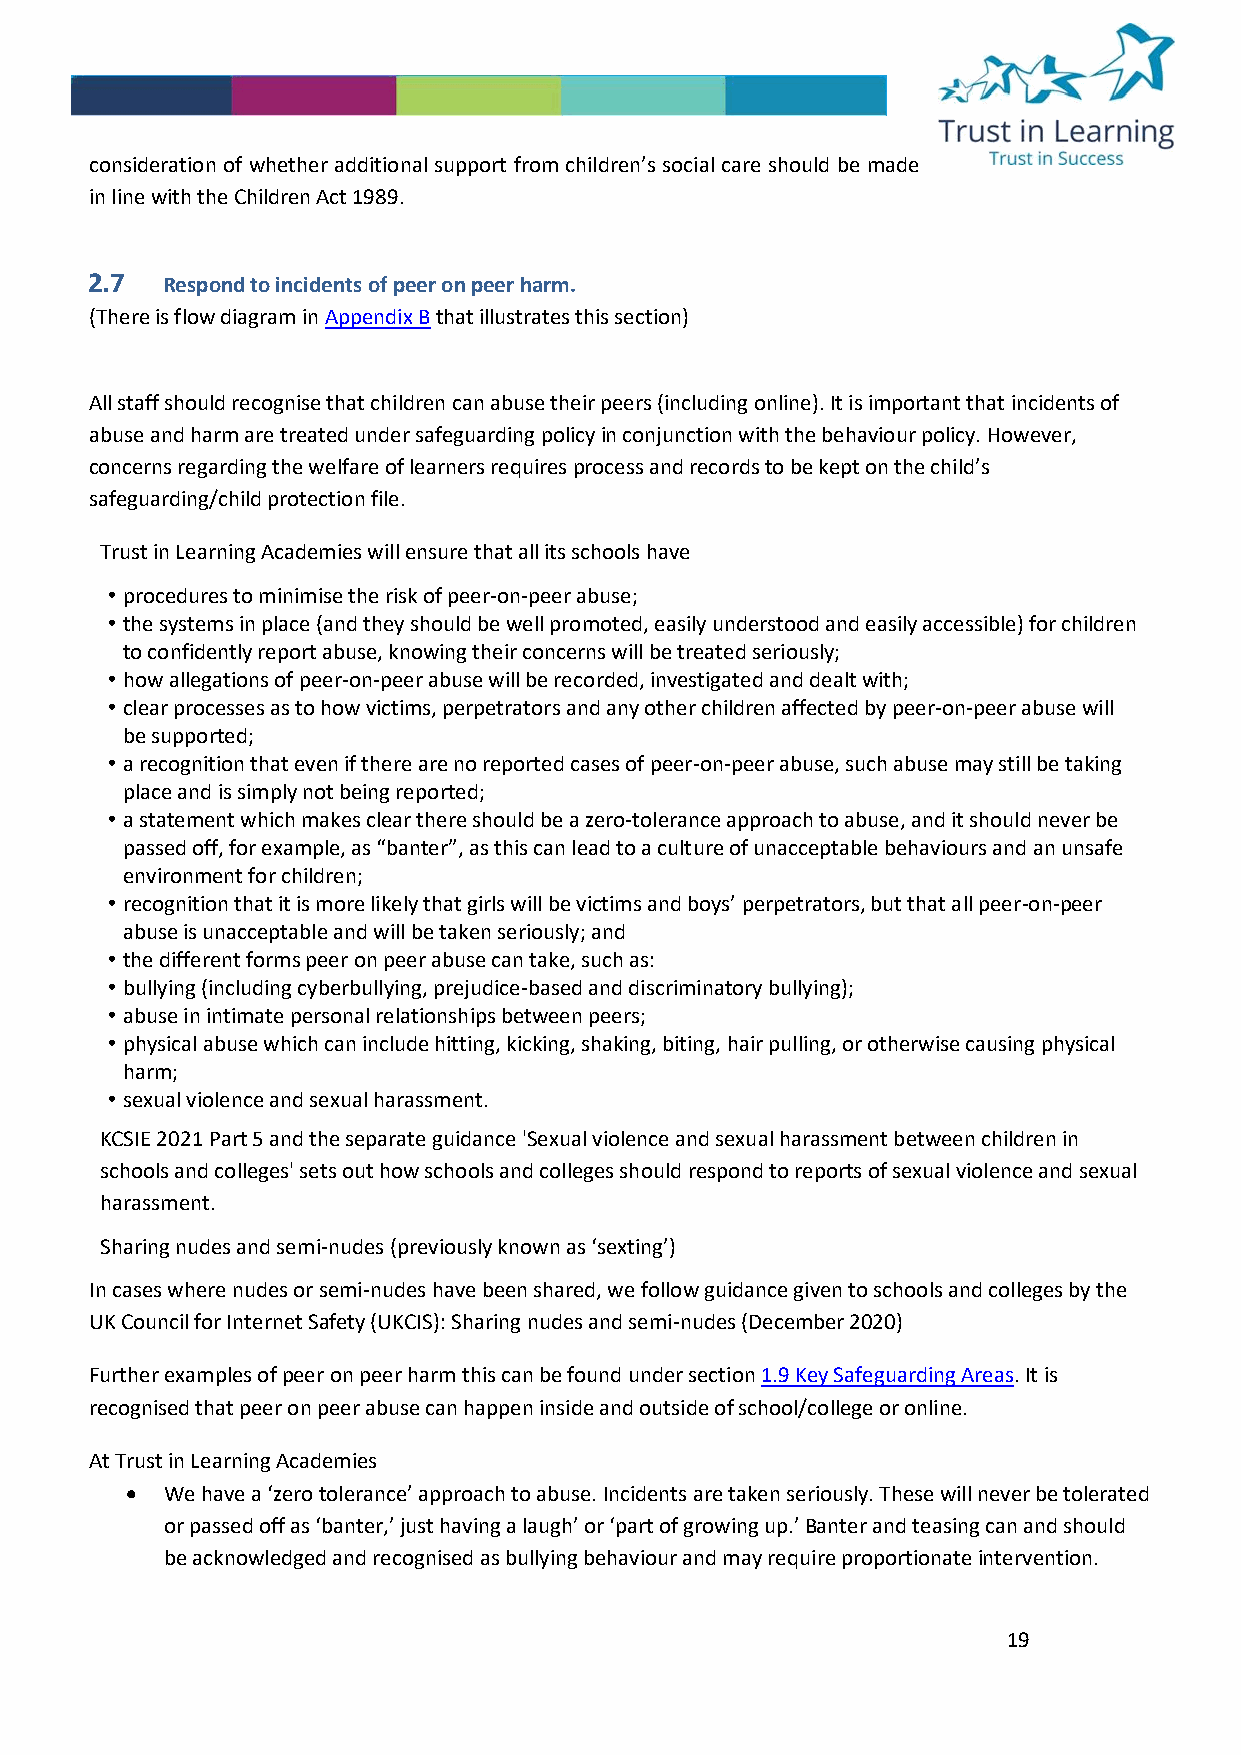
consideration of whether additional support from children’s social care should be made
 in line with the Children Act 1989.
 2.7  Respond to incidents of peer on peer harm.
 (There is flow diagram in Appendix B that illustrates this section)
 All staff should recognise that children can abuse their peers (including online). It is important that incidents of
 abuse and harm are treated under safeguarding policy in conjunction with the behaviour policy. However,
 concerns regarding the welfare of learners requires process and records to be kept on the child’s
 safeguarding/child protection file.
 Trust in Learning Academies will ensure that all its schools have
 • procedures to minimise the risk of peer-on-peer abuse;
 • the systems in place (and they should be well promoted, easily understood and easily accessible) for children
 to confidently report abuse, knowing their concerns will be treated seriously;
 • how allegations of peer-on-peer abuse will be recorded, investigated and dealt with;
 • clear processes as to how victims, perpetrators and any other children affected by peer-on-peer abuse will
 be supported;
 • a recognition that even if there are no reported cases of peer-on-peer abuse, such abuse may still be taking
 place and is simply not being reported;
 • a statement which makes clear there should be a zero-tolerance approach to abuse, and it should never be
 passed off, for example, as “banter”, as this can lead to a culture of unacceptable behaviours and an unsafe
 environment for children;
 • recognition that it is more likely that girls will be victims and boys’ perpetrators, but that all peer-on-peer
 abuse is unacceptable and will be taken seriously; and
 • the different forms peer on peer abuse can take, such as:
 • bullying (including cyberbullying, prejudice-based and discriminatory bullying);
 • abuse in intimate personal relationships between peers;
 • physical abuse which can include hitting, kicking, shaking, biting, hair pulling, or otherwise causing physical
 harm;
 • sexual violence and sexual harassment.
 KCSIE 2021 Part 5 and the separate guidance 'Sexual violence and sexual harassment between children in
 schools and colleges' sets out how schools and colleges should respond to reports of sexual violence and sexual
 harassment.
 Sharing nudes and semi-nudes (previously known as ‘sexting’)
 In cases where nudes or semi-nudes have been shared, we follow guidance given to schools and colleges by the
 UK Council for Internet Safety (UKCIS): Sharing nudes and semi-nudes (December 2020)
 Further examples of peer on peer harm this can be found under section 1.9 Key Safeguarding Areas. It is
 recognised that peer on peer abuse can happen inside and outside of school/college or online.
 At Trust in Learning Academies
 •  We have a ‘zero tolerance’ approach to abuse. Incidents are taken seriously. These will never be tolerated
 or passed off as ‘banter,’ just having a laugh’ or ‘part of growing up.’ Banter and teasing can and should
 be acknowledged and recognised as bullying behaviour and may require proportionate intervention.
 19